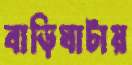
বাড়িঘাটায়